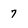
Character: 7